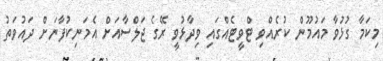
މިކަމާ ގުޅުވާ މައުމޫން ކުރެއްވި ޓްވީޓެއްގައި ވިދާޅުވީ ރޭގެ ޖަލްސާއަށް އެމަނިކުފާނަށް ދައުވަތު